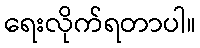
ရေးလိုက်ရတာပါ။